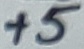
Text: +5